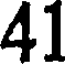
41